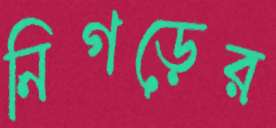
নিগড়ের